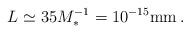
LaTeX: \begin{align*}L\simeq 35 M_*^{-1} = 10^{-15} {\rm mm} \, .\end{align*}